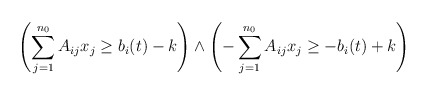
\begin{align*} \left( \sum_{j=1}^{n_0} A_{ij} x_j \ge b_i(t) - k \right) \wedge \left( - \sum_{j=1}^{n_0} A_{ij} x_j \ge - b_i(t) + k\right) \end{align*}